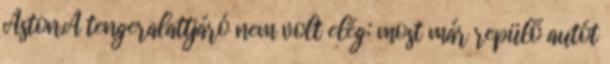
Aston.A tengeralattjáró nem volt elég: most már repülő autót